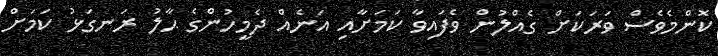
ކޮންމެވެސް ވަރަކަށް ގެއްލުން ވެފައިވާ ކަމަށާއި އަނެއް ދެމީހުންގެ ޙާލު ރަނގަޅު ކަމަށް